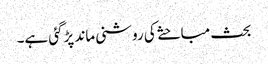
بحث مباحثے کی روشنی ماند پڑگئی ہے۔